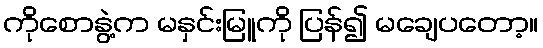
ကိုစောနွဲ့က မနှင်းမြူကို ပြန်၍ မချေပတော့။